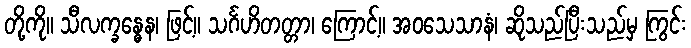
တို့ကို။ သီလက္ခန္ဓေန၊ ဖြင့်။ သင်္ဂဟိတတ္တာ၊ ကြောင့်။ အဝသေသာနံ၊ ဆိုသည်ပြီးသည်မှ ကြွင်း